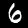
Label: 6